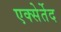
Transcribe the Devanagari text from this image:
एक्सेर्तेद